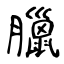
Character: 臘